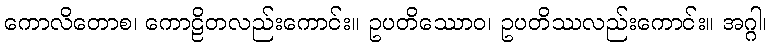
ကောလိတောစ၊ ကောဠိတလည်းကောင်း။ ဥပတိဿောဝ၊ ဥပတိဿလည်းကောင်း။ အဂ္ဂါ၊